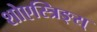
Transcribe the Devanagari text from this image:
शोएस्त्रिङ्स्